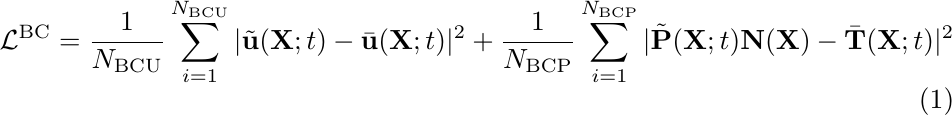
\begin{equation}
    \mathcal{L}^{\text{BC}}=\dfrac{1}{N_{\text{BCU}}}\sum_{i=1}^{N_{\text{BCU}}} |\tilde{\textbf{u}}(\textbf{X};t)-\bar{\textbf{u}}(\textbf{X};t)|^2 + \dfrac{1}{N_{\text{BCP}}}\sum_{i=1}^{N_{\text{BCP}}} |\tilde{\textbf{P}}(\textbf{X};t)\textbf{N}(\textbf{X})-\bar{\textbf{T}}(\textbf{X};t)|^2
\end{equation}